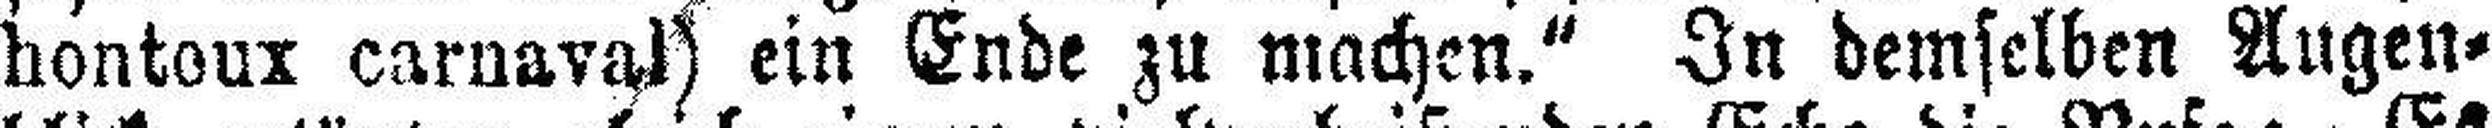
hontoux carnaval) ein Ende zu machen.“ In demselben Augen¬